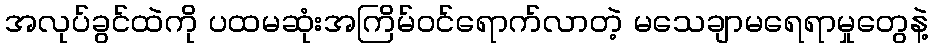
အလုပ်ခွင်ထဲကို ပထမဆုံးအကြိမ်ဝင်ရောက်လာတဲ့ မသေချာမရေရာမှုတွေနဲ့